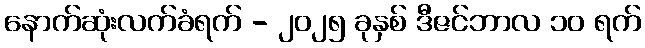
နောက်ဆုံးလက်ခံရက် - ၂၀၂၅ ခုနှစ် ဒီဇင်ဘာလ ၁၀ ရက်